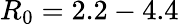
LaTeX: R_{0}=2.2-4.4